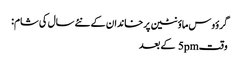
گرؤوس ماؤنٹین پر خاندان کے نئے سال کی شام:
وقت5pm کے بعد